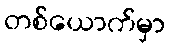
တစ်ယောက်မှာ